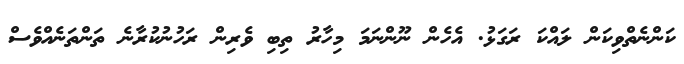
ކަންނެތްވިކަން ލައްކަ ރަގަޅު. އެހެން ނޫންނަމަ މިހާރު ތިބި ވެރިން ރަހުނުކުރާނެ ތަންތަނެއްވެސް